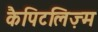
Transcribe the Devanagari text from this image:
कैपिटलिज़्म